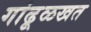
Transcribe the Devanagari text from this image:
गांढूळखत